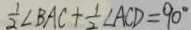
\frac { 1 } { 2 } \angle B A C + \frac { 1 } { 2 } \angle A C D = 9 0 ^ { \circ }